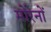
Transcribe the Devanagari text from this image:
मोरेनों